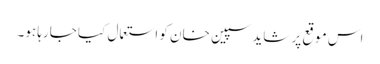
اس موقع پر شاید سپین خان کو استعمال کیا جارہا ہو۔